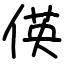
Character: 偀